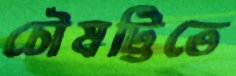
চৌষট্টিতে